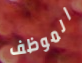
الموظف